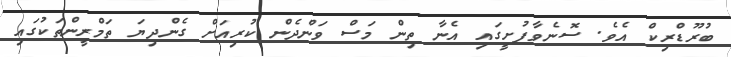
ބުރޫޑްރިކް އެވެ. ސޮނެވާފުށީގައި އެނާ ތިން މަސް ވަންދެން ކުރިއަށް ގެންދިޔަ ތަމްރީންތަކުގައި